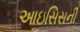
આઇસિસની